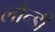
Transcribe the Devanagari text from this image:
लौन्डी